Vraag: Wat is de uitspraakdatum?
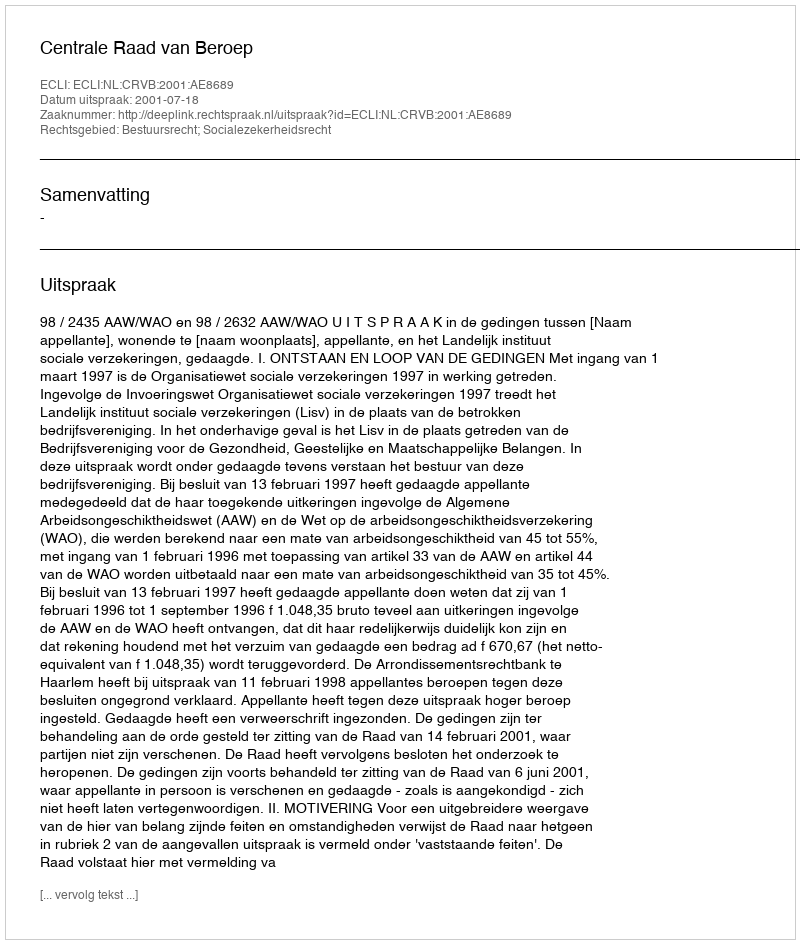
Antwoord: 2001-07-18